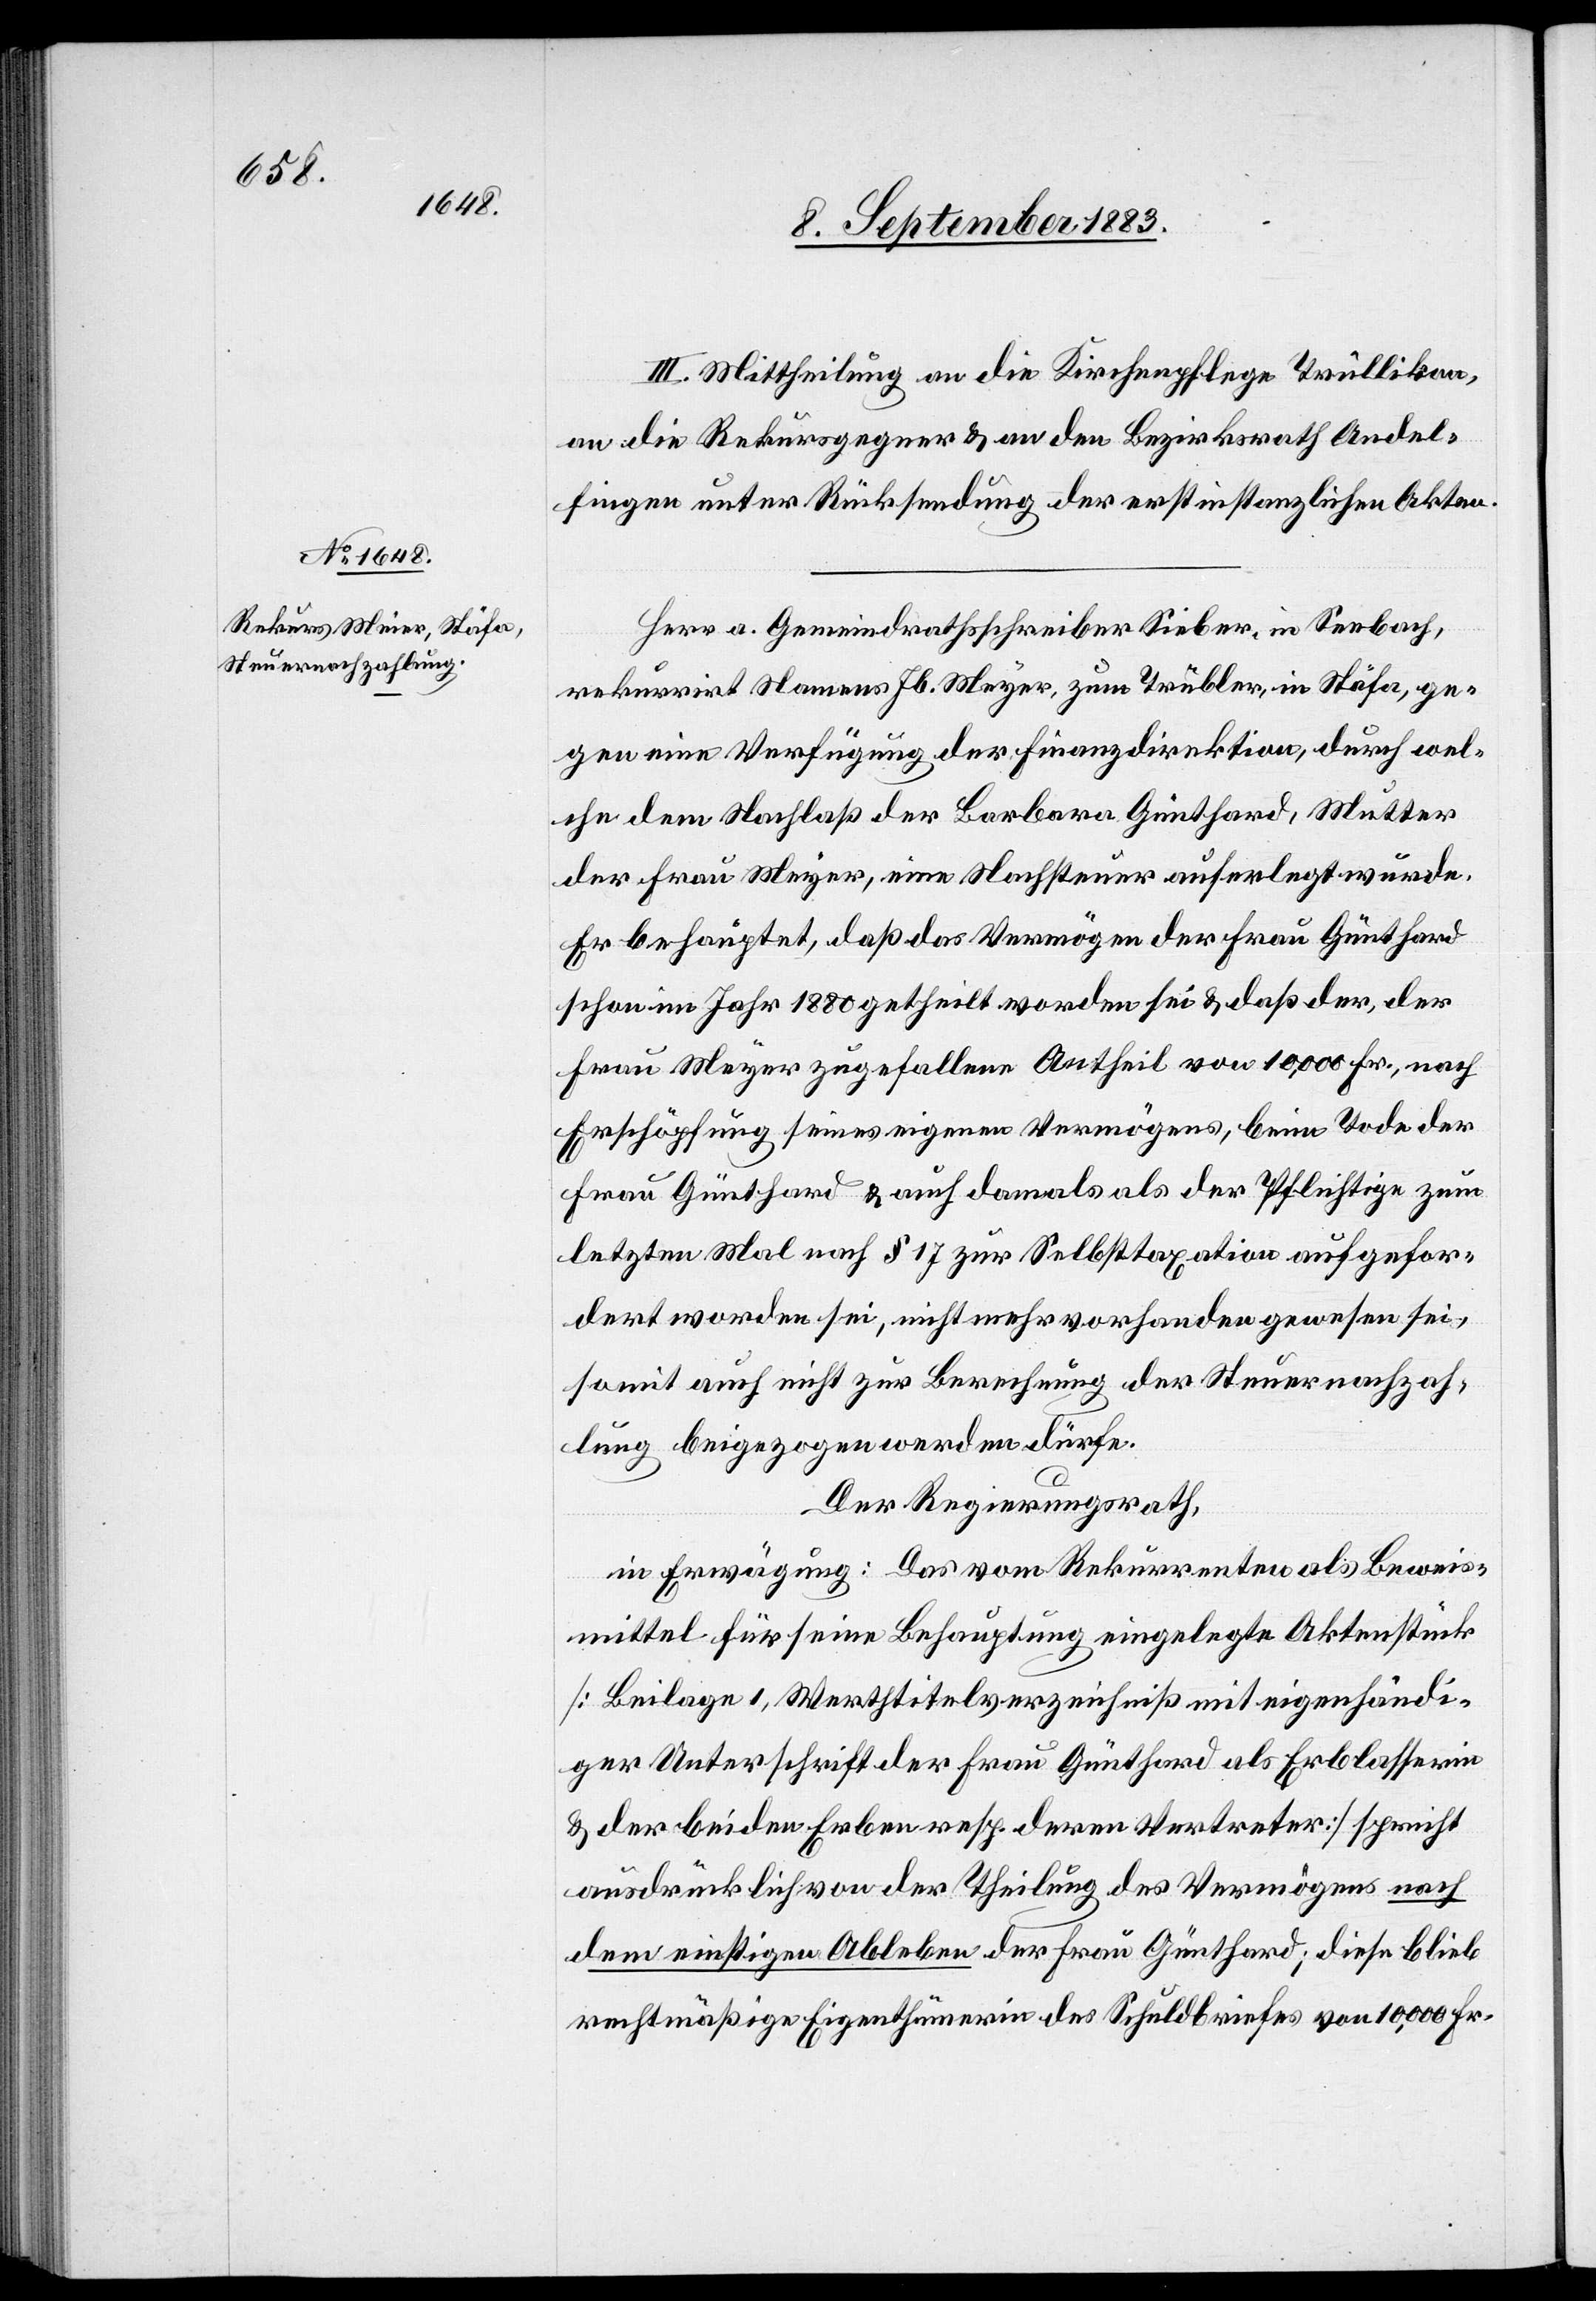
III. Mittheilung an die Kirchenpflege Trüllikon,
an die Rekursgegner & an den Bezirksrath Andel¬
fingen unter Rücksendung der erstinstanzlichen Akten.
Herr a. Gemeindrathsschreiber Sieber, in Seebach,
rekurrirt Namens Jb. Meyer [sic!], zum Trübler, in Stäfa, ge¬
gen eine Verfügung der Finanzdirektion, durch wel¬
che dem Nachlaß der Barbara Günthard, Mutter
der Frau Meyer, eine Nachsteuer auferlegt wurde.
Es behauptet, daß das Vermögen der Frau Günthard
schon im Jahr 1880 getheilt worden sei & daß der, der
Frau Meyer zugefallene Antheil von 10,000 Fr., nach
Erschöpfung seines eigenen Vermögens, beim Tode der
Frau Günthard & auch damals als der Pflichtige zum
letzten Mal nach § 17 zur Selbsttaxation aufgefor¬
dert worden sei, nicht mehr vorhanden gewesen sei,
somit auch nicht zur Berechnung der Steuernachzah¬
lung beigezogen werden dürfe.
Der Regierungsrath,
in Erwägung: Das vom Rekurrenten als Beweis¬
mittel für seine Behauptung eingelegte Aktenstück
[Beilage 1, Werthtitelverzeichniß mit eigenhändi¬
ger Unterschrift der Frau Günthard als Erblasserin
& der beiden Erben resp. deren Vertreter] spricht
ausdrücklich von der Theilung des Vermögens nach
dem einstigen Ableben der Frau Günthard; diese blieb
rechtmäßige Eigenthümerin des Schuldbriefes von 10,000 Fr.